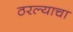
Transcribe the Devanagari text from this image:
ठरल्याचा